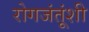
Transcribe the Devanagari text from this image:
रोगजंतूंशी